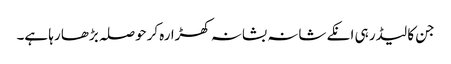
جن کا لیڈر ہی انکے شانہ بشانہ کھڑا رہ کرحوصلہ بڑھا رہا ہے۔